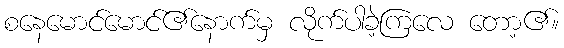
စနေမောင်မောင်၏နောက်မှ လိုက်ပါခဲ့ကြလေ တော့၏။